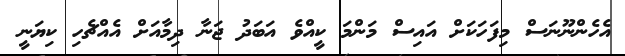
އެހެންނޫނަސް މިފަހަކަށް އައިސް މަންމަ ކީއްވެ އަބަދު ޖަނާ ދިމާއަށް އެއްޗެހި ކިޔަނީ